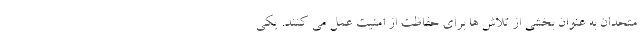
متحدان به عنوان بخشی از تلاش ها برای حفاظت از امنیت عمل می کنند. یکی